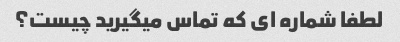
لطفا شماره ای که تماس میگیرید چیست؟